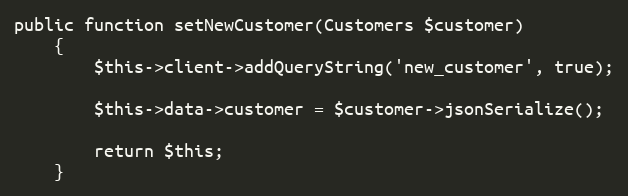
Language: PHP
public function setNewCustomer(Customers $customer)
    {
        $this->client->addQueryString('new_customer', true);

        $this->data->customer = $customer->jsonSerialize();

        return $this;
    }